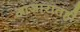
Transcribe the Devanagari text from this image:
आजारातही